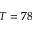
T = 7 8